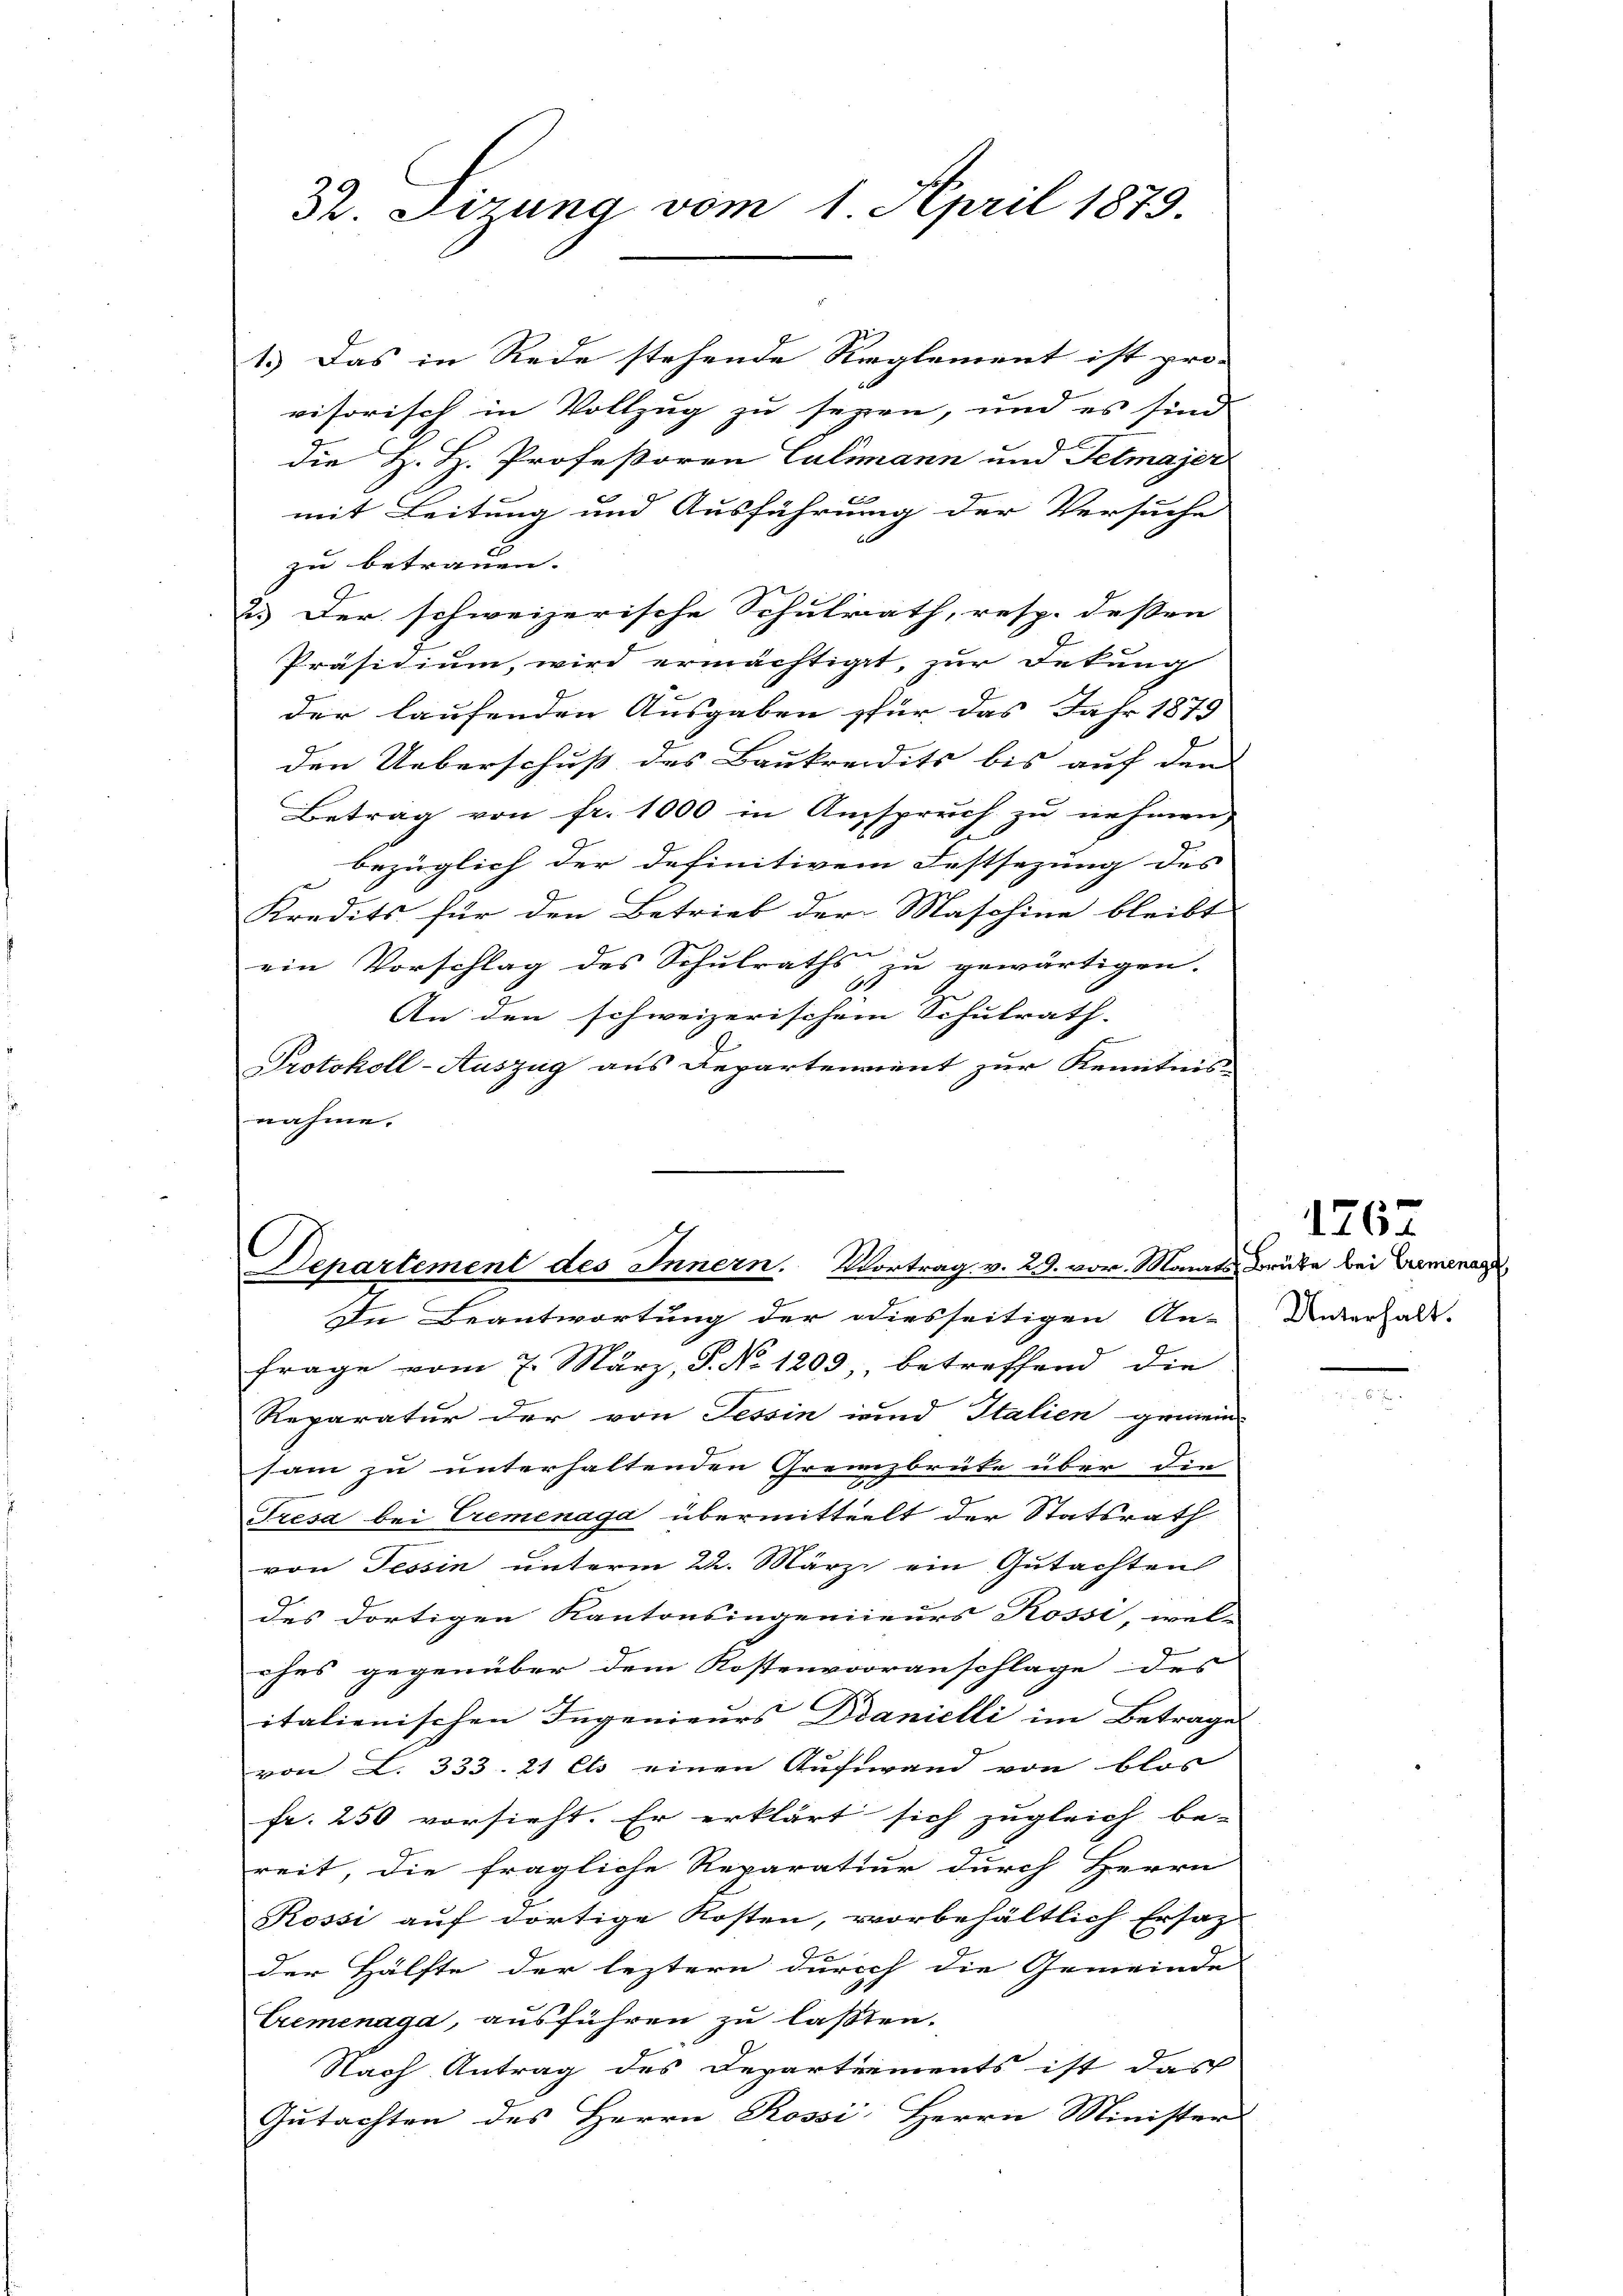
1.) Das in Rede stehende Reglement ist pro- |
visorisch in Vollzug zu seyen, und es sind
die H. H. Professoren Culimann und Felmajer
mit Leitung und Ausführung der Versuche
zu betrauen. |
2.) Der schweizerische Schulrath, resp. dessen |
Präsidium, wird ermächtiget, zur Dekung
der laufenden Ausgaben für das Jahr 1879
den Ueberschuß des Baukreidits bis auf den |
Betrag von fr. 1000 in Anspruch zu nehmen,
bezüglich der definitivem Festsezung des
Kredits für den Betrieb der Maschine bleibt
ein Vorschlag des Schulraths zu gewärtigen.
An den schweizerischem Schulrath
Protokoll-Auszug aus Repartement zur Kenntnis
nahme.

32. Fizung vom 1. April 1879.

Departement des Innern. Vortrag v. 29. vor. Monats Brüte bei Bremenage,
In Beantwortung der diesseitigen An-

frage vom 7. März, P. No 1203, betreffend die
Reparatur der von Tessin und Italien gemein-
sam zu unterhaltenden Grenzbrüte über die
Tresa bei Cremenaga übermittelt der Statsrath
von Tessin unterm 22. März ein Gutachten
des dortigen Kantonsingenieurs Rossi, wel-
ches gegenüber dem Kostenvorranschlage des
italienischen Ingenieurs Dranielli im Betrage
von L. 333. 21 Ets einen Aufwand von blos
fr. 250 vorsieht. Er erklärt sich zugleich be-
reit, die fragliche Reparatiur durch Herrn
Rossi auf dortige Kosten, vorbehältlich Ersatz
der Hälfte der leztern durch die Gemeinde
Cremenaga, ausführen zu laßten.
Nach Antrag des Departements ist das
Gutachten des Herrn Rossi Herrn Minister

Unterhalt.

1767